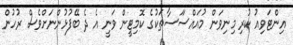
އިންޓަވިއު ކުރި މިނިވަން މުއައްސަަސާތަކުގެ ކޮމިޓީން ވަނީ އެ ދެ ބޭފުޅުންނަށްވެސް ރުހުން